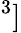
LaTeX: ^{3}]